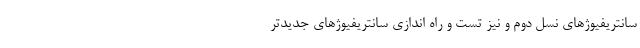
سانتریفیوژهای نسل دوم و نیز تست و راه اندازی سانتریفیوژهای جدیدتر